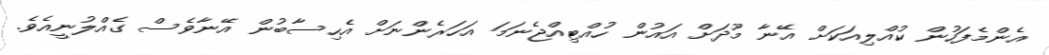
އެންމެފަހުން ކުއްލިއަކަށް އޭނާ މޫދަށް އައުން ހުއްޓިއްޖެނަމަ އަހަރެންނަށް އެހިސާބުން އޭނާވެސް ގެއްލުނީއެވެ.